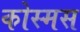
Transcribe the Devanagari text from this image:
कोस्मस